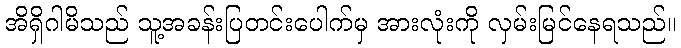
အိရှိဂါမိသည် သူ့အခန်းပြတင်းပေါက်မှ အားလုံးကို လှမ်းမြင်နေရသည်။